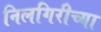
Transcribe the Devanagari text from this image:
निलगिरीच्या